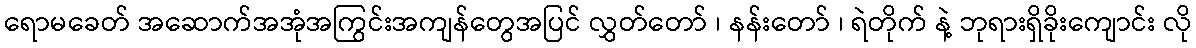
ရောမခေတ် အဆောက်အအုံအကြွင်းအကျန်တွေအပြင် လွှတ်တော် ၊ နန်းတော် ၊ ရဲတိုက် နဲ့ ဘုရားရှိခိုးကျောင်း လို